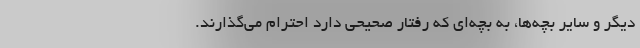
دیگر و سایر بچه‌ها، به بچه‌ای که رفتار صحیحی دارد احترام می‌گذارند.